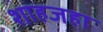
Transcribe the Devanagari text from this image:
शाहजहा